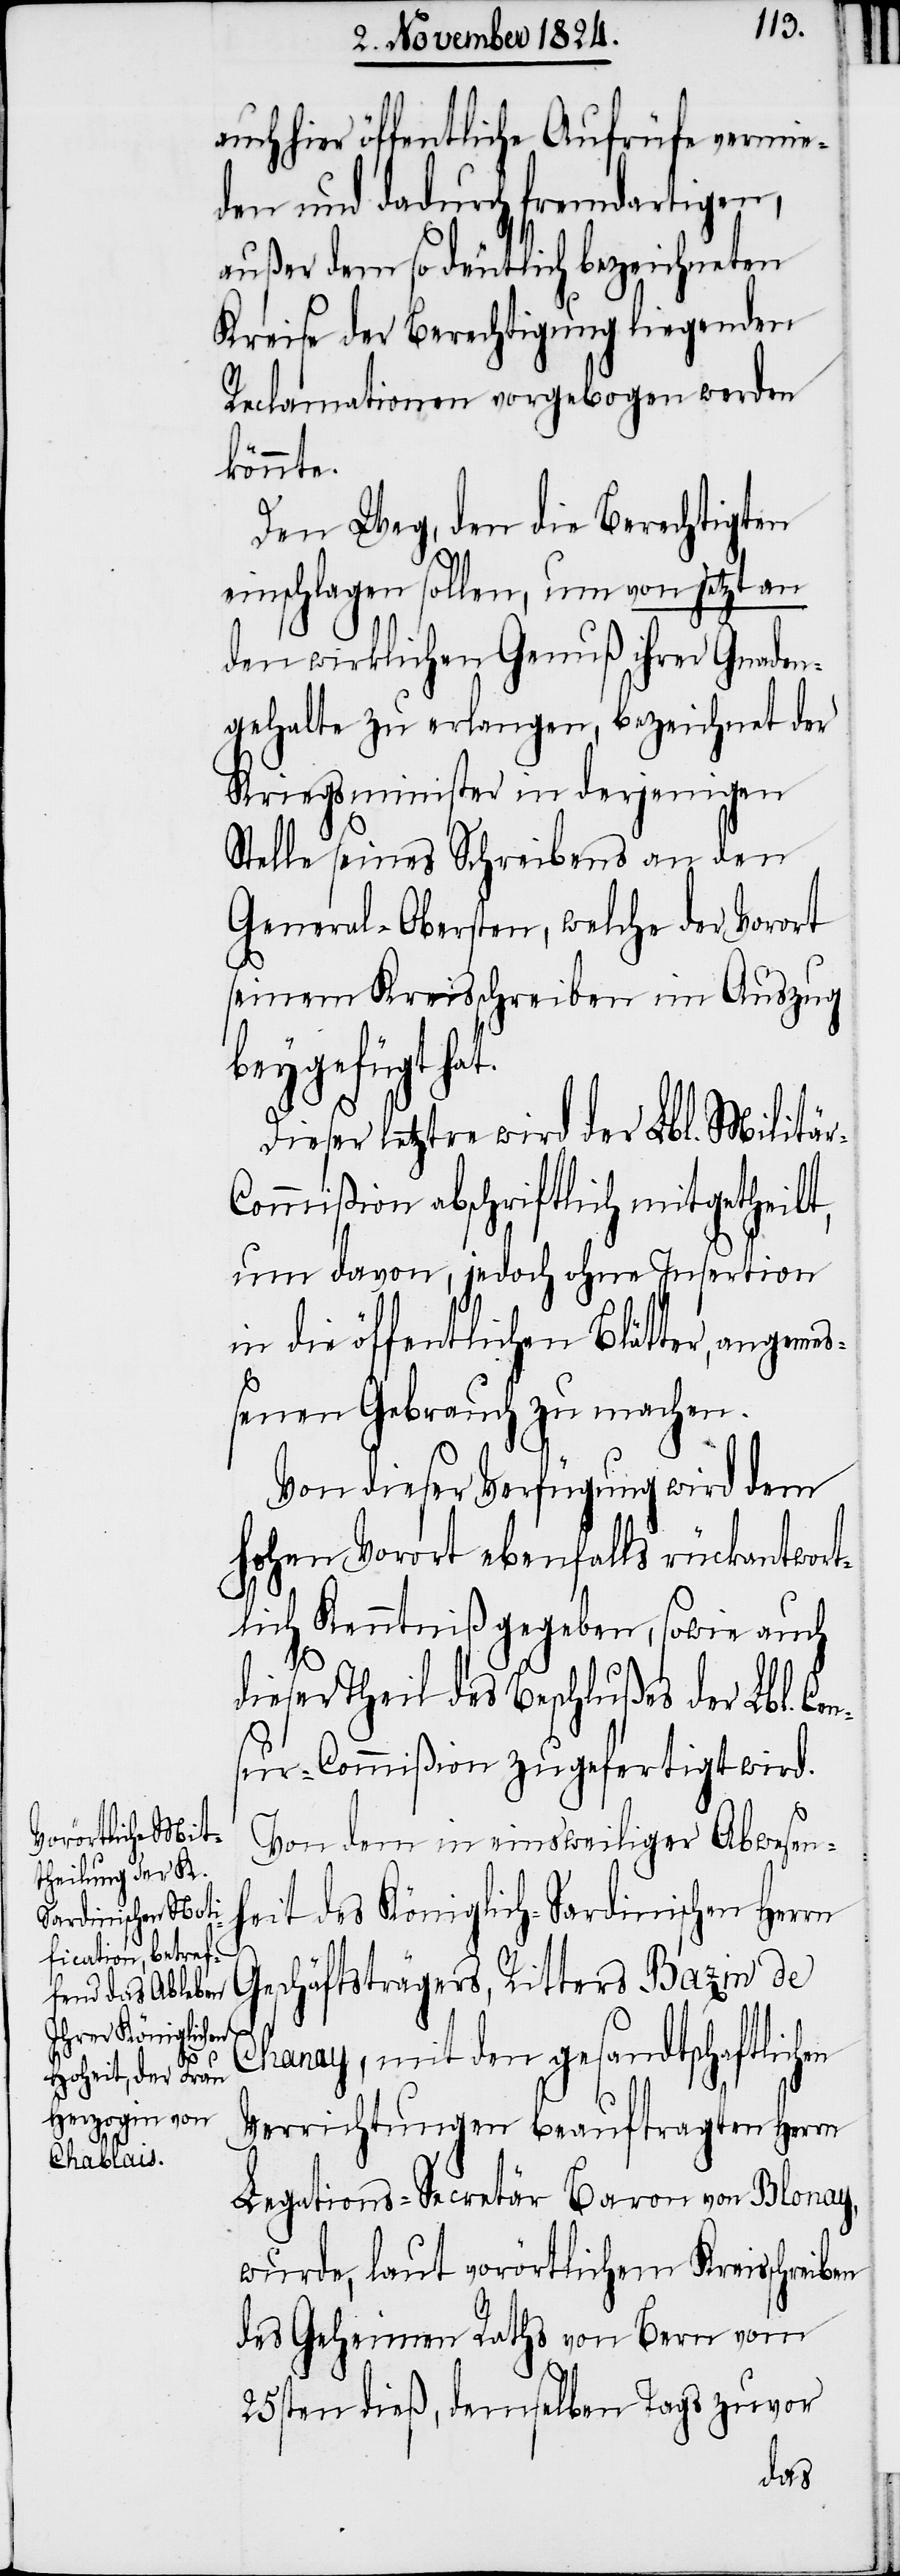
en

auch hier öffentliche Aufrüfe vermie¬
den und dadurch fremdartigen,
außer dem so deutlich bezeichneten
Kreise der Berechtigung liegenden
Reclamationen vorgebogen werden
könnte.
Den Weg, den die Berechtigten
einschlagen sollen, um von jetzt an
den wirklichen Genuß ihrer Gnaden¬
gehalte zu erlangen, bezeichnet der
Kriegsminister in derjenigen
Stelle seines Schreibens an den
General-Obersten, welche der Vorort
seinem Kreisschreiben im Auszug
beygefügt
Dieser letztre wird der Lbl. Militä¬
ommißion abschriftlich mitgetheilt,
um davon, jedoch ohne Insertion
in die öffentlichen Blätter, angemeß¬
enen Gebrauch zu machen.
Von dieser Verfügung wird dem
hohen Vorort ebenfalls rückantwort¬
lich Kenntniß gegeben, sowie auch
dieser Theil des Beschlußes der Lbl. Ce¬
nsur-Commißion zugefertigt wird.
Von dem in einsweiliger Abwesen¬
heit des Königlich-Sardinischen Herrn
Geschäftsträgers, Ritters Bazin de
Chanay, mit den gesandtschaftlich¬
Verrichtungen beauftragten Herrn
Legations-Secretär Baron von Blonay,
wurde, laut vorörtlichem Kreisschreiben
des Geheimen Raths von Bern vom
25sten dieß, demselben Tags zuvor